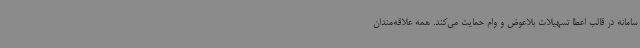
سامانه در قالب اعطا تسهیلات بلاعوض و وام حمایت می‌کند. همه علاقه‌مندان